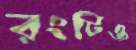
রংটিও